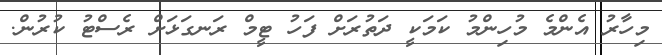
މިހާރު އެންމެ މުހިންމު ކަމަކީ ދަތުރަށް ފަހު ޓީމް ރަނގަޅަށް ރެސްޓު ކުރުން.